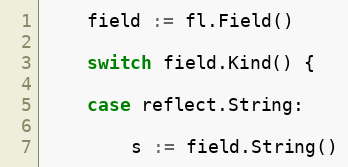
Language: Go
	field := fl.Field()

	switch field.Kind() {

	case reflect.String:

		s := field.String()